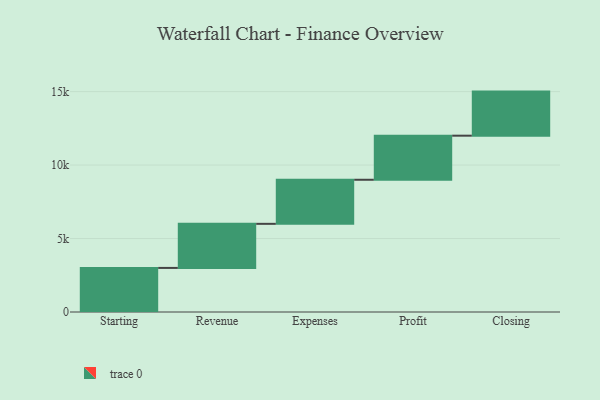
{"axis": {"x": "Step", "y": "Value"}, "legend": [""], "data": [{"x": "Starting", "y": 3000, "type": ""}, {"x": "Revenue", "y": 3000, "type": ""}, {"x": "Expenses", "y": 3000, "type": ""}, {"x": "Profit", "y": 3000, "type": ""}, {"x": "Closing", "y": 3000, "type": ""}]}